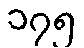
၁၇၅